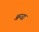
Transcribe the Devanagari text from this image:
अन्जा